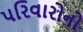
પરિવારોનો